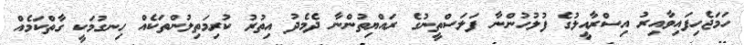
ހަމަޖެހިފައިވާއިރު އިސްރާއީލުގެ ފުލުހުންނާ ފަލަސްތީނުގެ ރައްޔިތުންނާ ދެމެދު އިތުރު ކުރިމަތިލުންތަކެއް ހިނގުމަކީ ގާތްކަމެއް